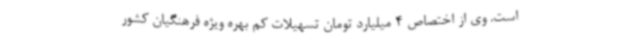
است. وی از اختصاص 4 میلیارد تومان تسهیلات کم بهره ویژه فرهنگیان کشور